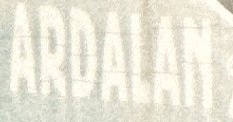
ARDALAN